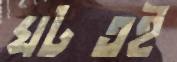
ঘটতই